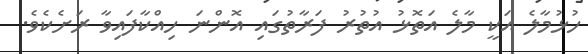
ހުޅުމާލެ އަކީ މާލެ އަތޮޅު އުތުރު ފަރާތުގައި އޮންނަ ހިއްކާފައިވާ ރަށެކެވެ.